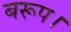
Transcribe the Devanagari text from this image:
बरूप।